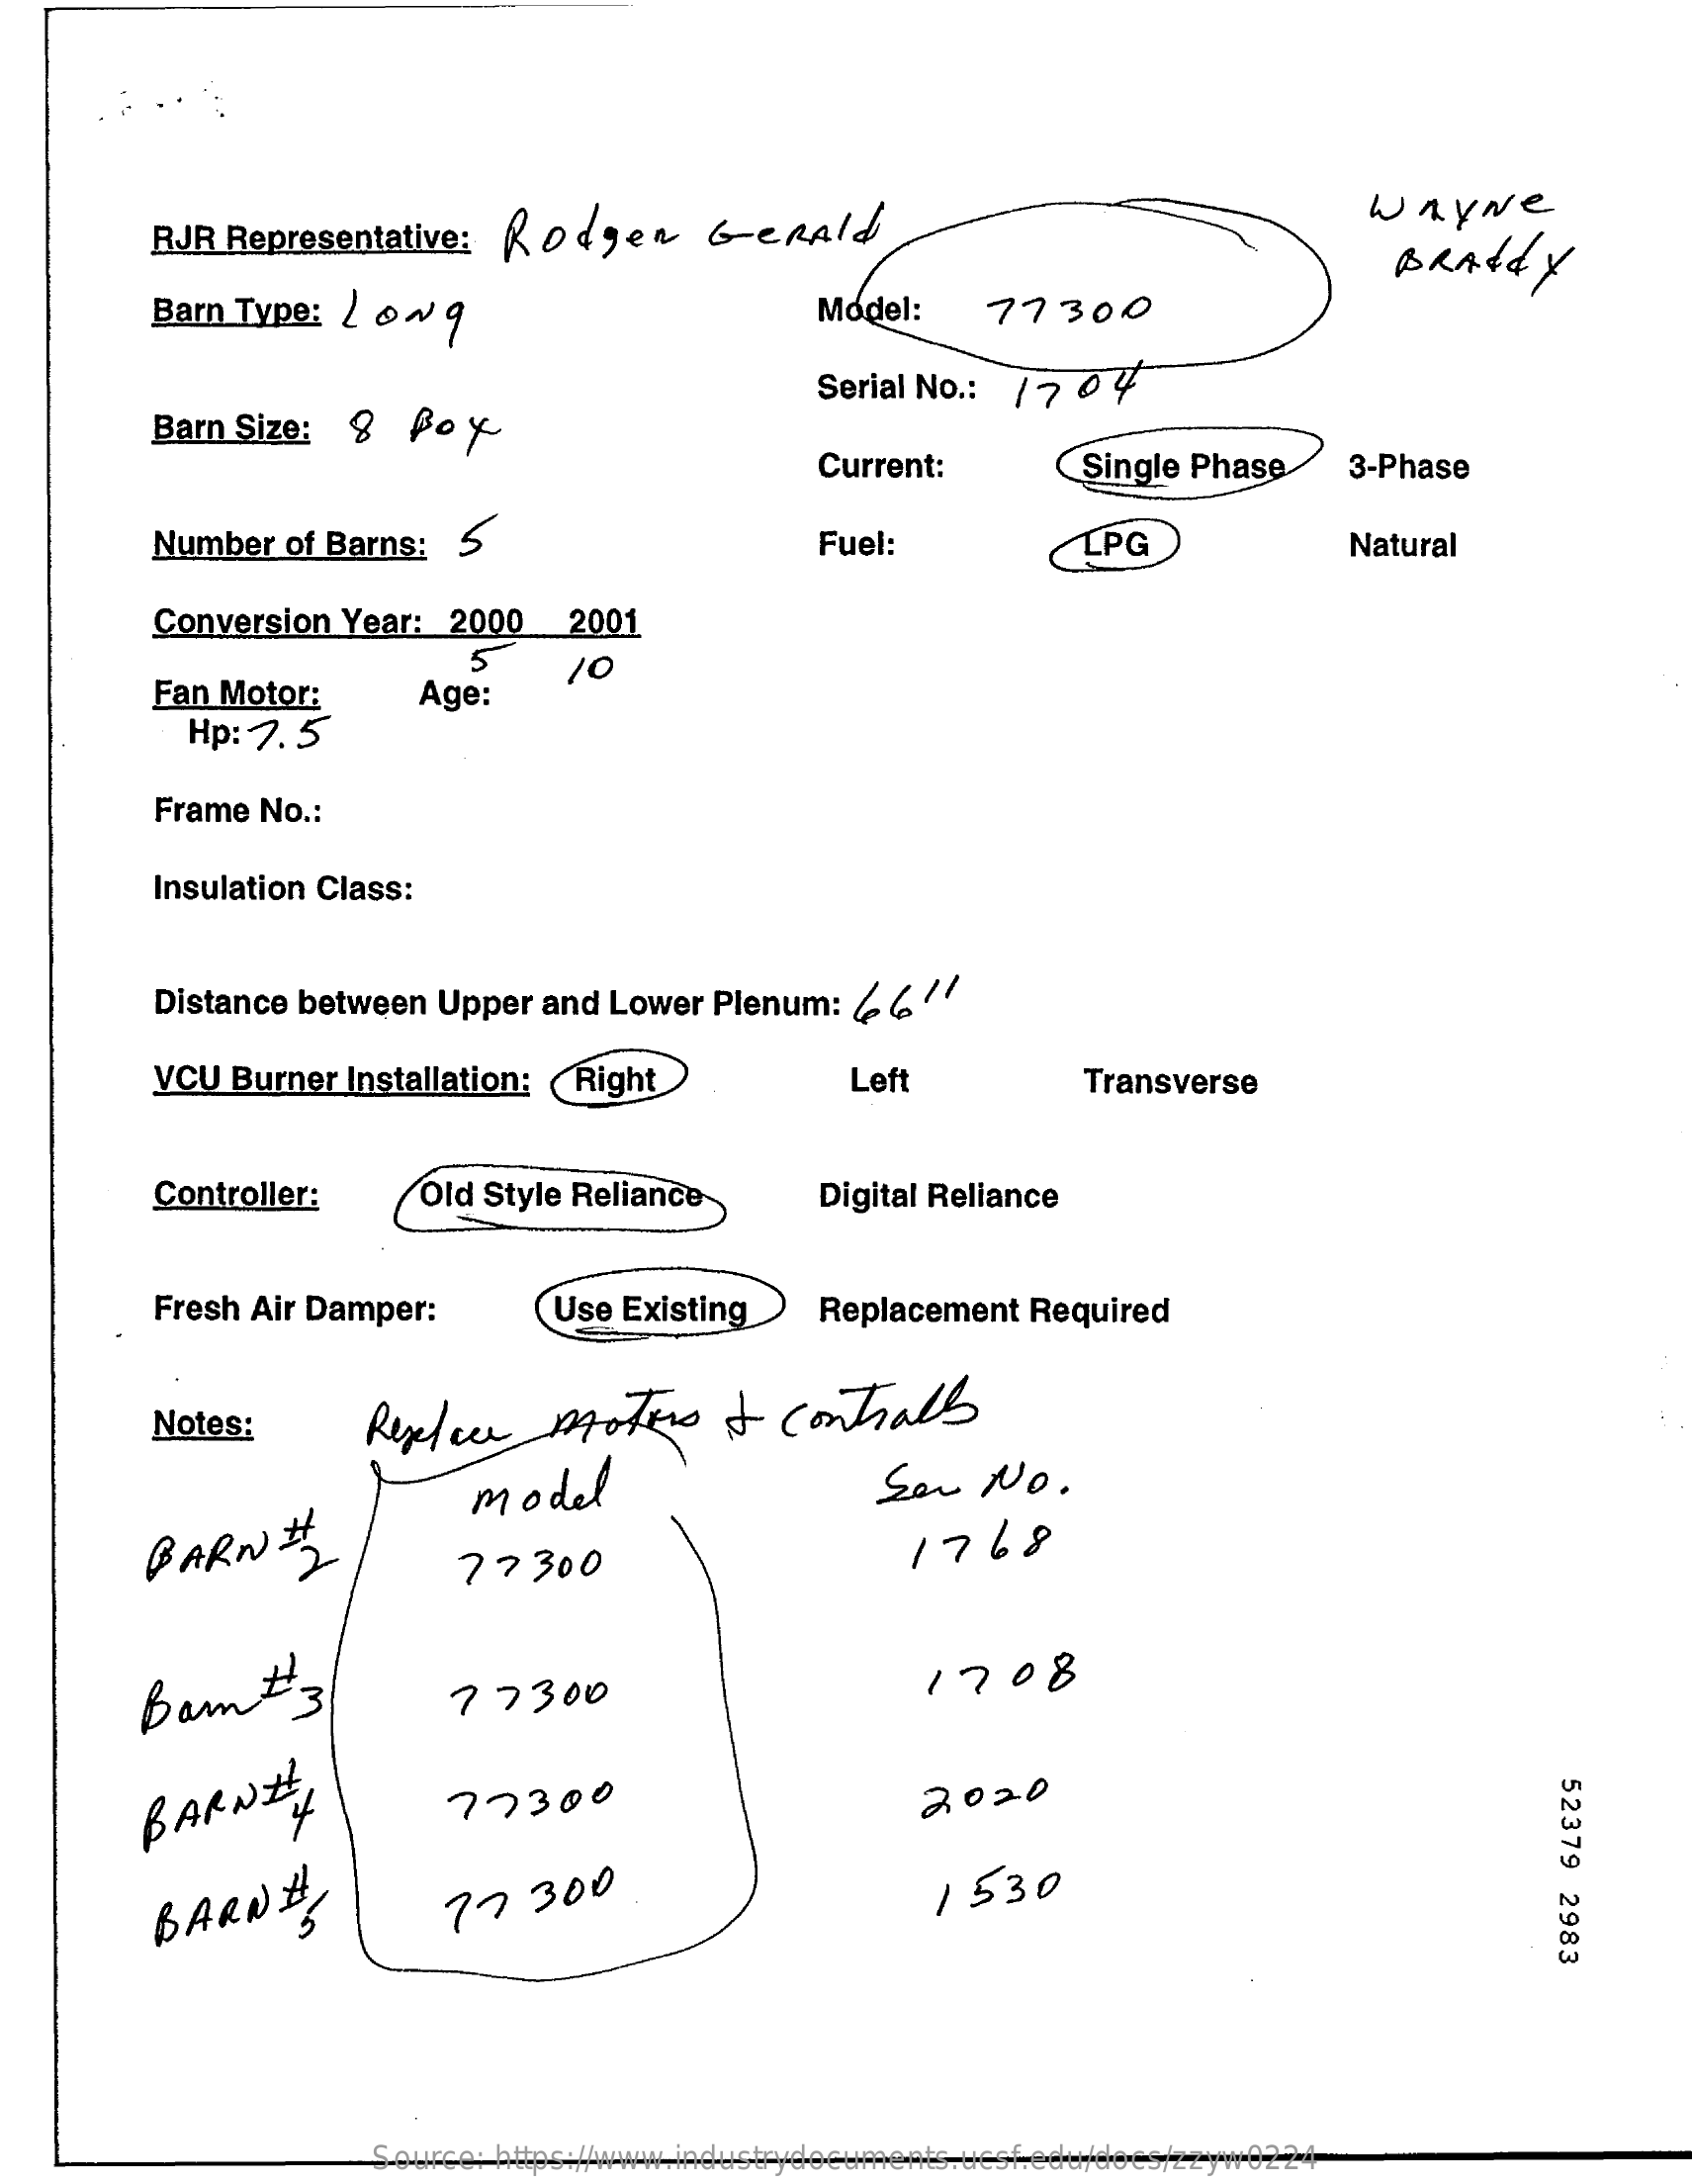
RJR Representative:  Rodgen    Gerald    wayNe
     BRALdy
     Barn Type: 2 0 w  9    Model:    77300
     Barn Size:  g  Ro  y
     Serial No .: 17 0 4
     Current:    Single Phase    3-Phase
     Number  of Barns:  5    Fuel:    LPG    Natural
     Conversion Year:  2000    2001
     Fan Motor:
     5    /0
     Hp: 7.5
     Age:
     Frame No .:
     Insulation Class:
     Distance between Upper  and Lower Plenum:  (  6 1/
     VCU Burner  Installation: Right    Left    Transverse
     Controller:    Old Style Reliance    Digital Reliance
     Fresh Air Damper:    Use Existing    Replacement  Required
     Notes:    Replace    motors    I  contials
     model    San   No.
     BARN    #    77300    1768
     Barn    #  3    77300    1708
     52379
     2983
     BARNH,    77300    2020
     BARN#    77   300    1 530
     Source: https://www.industrydocuments.ucsf.edu/docs/zzyw0224